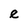
Character: e